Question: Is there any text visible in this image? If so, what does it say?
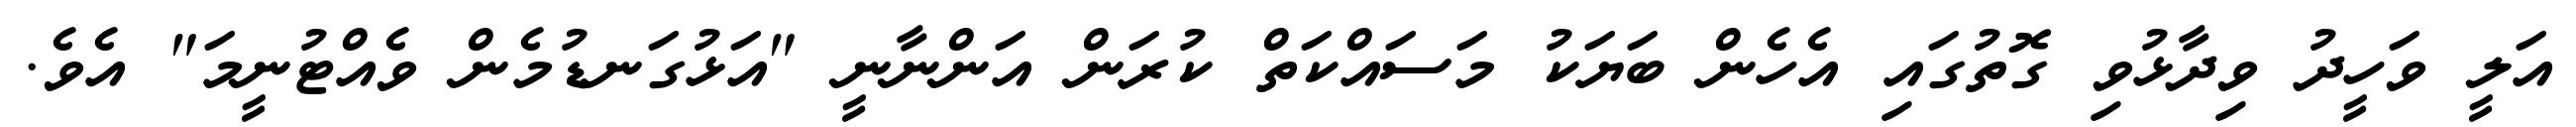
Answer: އަލީ ވަހީދު ވިދާޅުވި ގޮތުގައި އެހެން ބަޔަކު މަސައްކަތް ކުރަން އަންނާނީ "އަޅުގަނޑުމެން ވެއްޓުނީމަ" އެވެ.